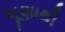
ખૂણાથી